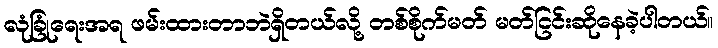
လုံခြုံရေးအရ ဖမ်းထားတာဘဲရှိတယ်လို့ တစ်စိုက်မတ် မတ်ငြင်းဆိုနေခဲ့ပါတယ်။